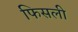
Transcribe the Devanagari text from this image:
फिसली